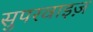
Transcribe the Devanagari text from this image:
सुपरवाइज़